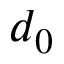
d _ { 0 }